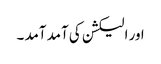
اور الیکشن کی آمد آمد ۔